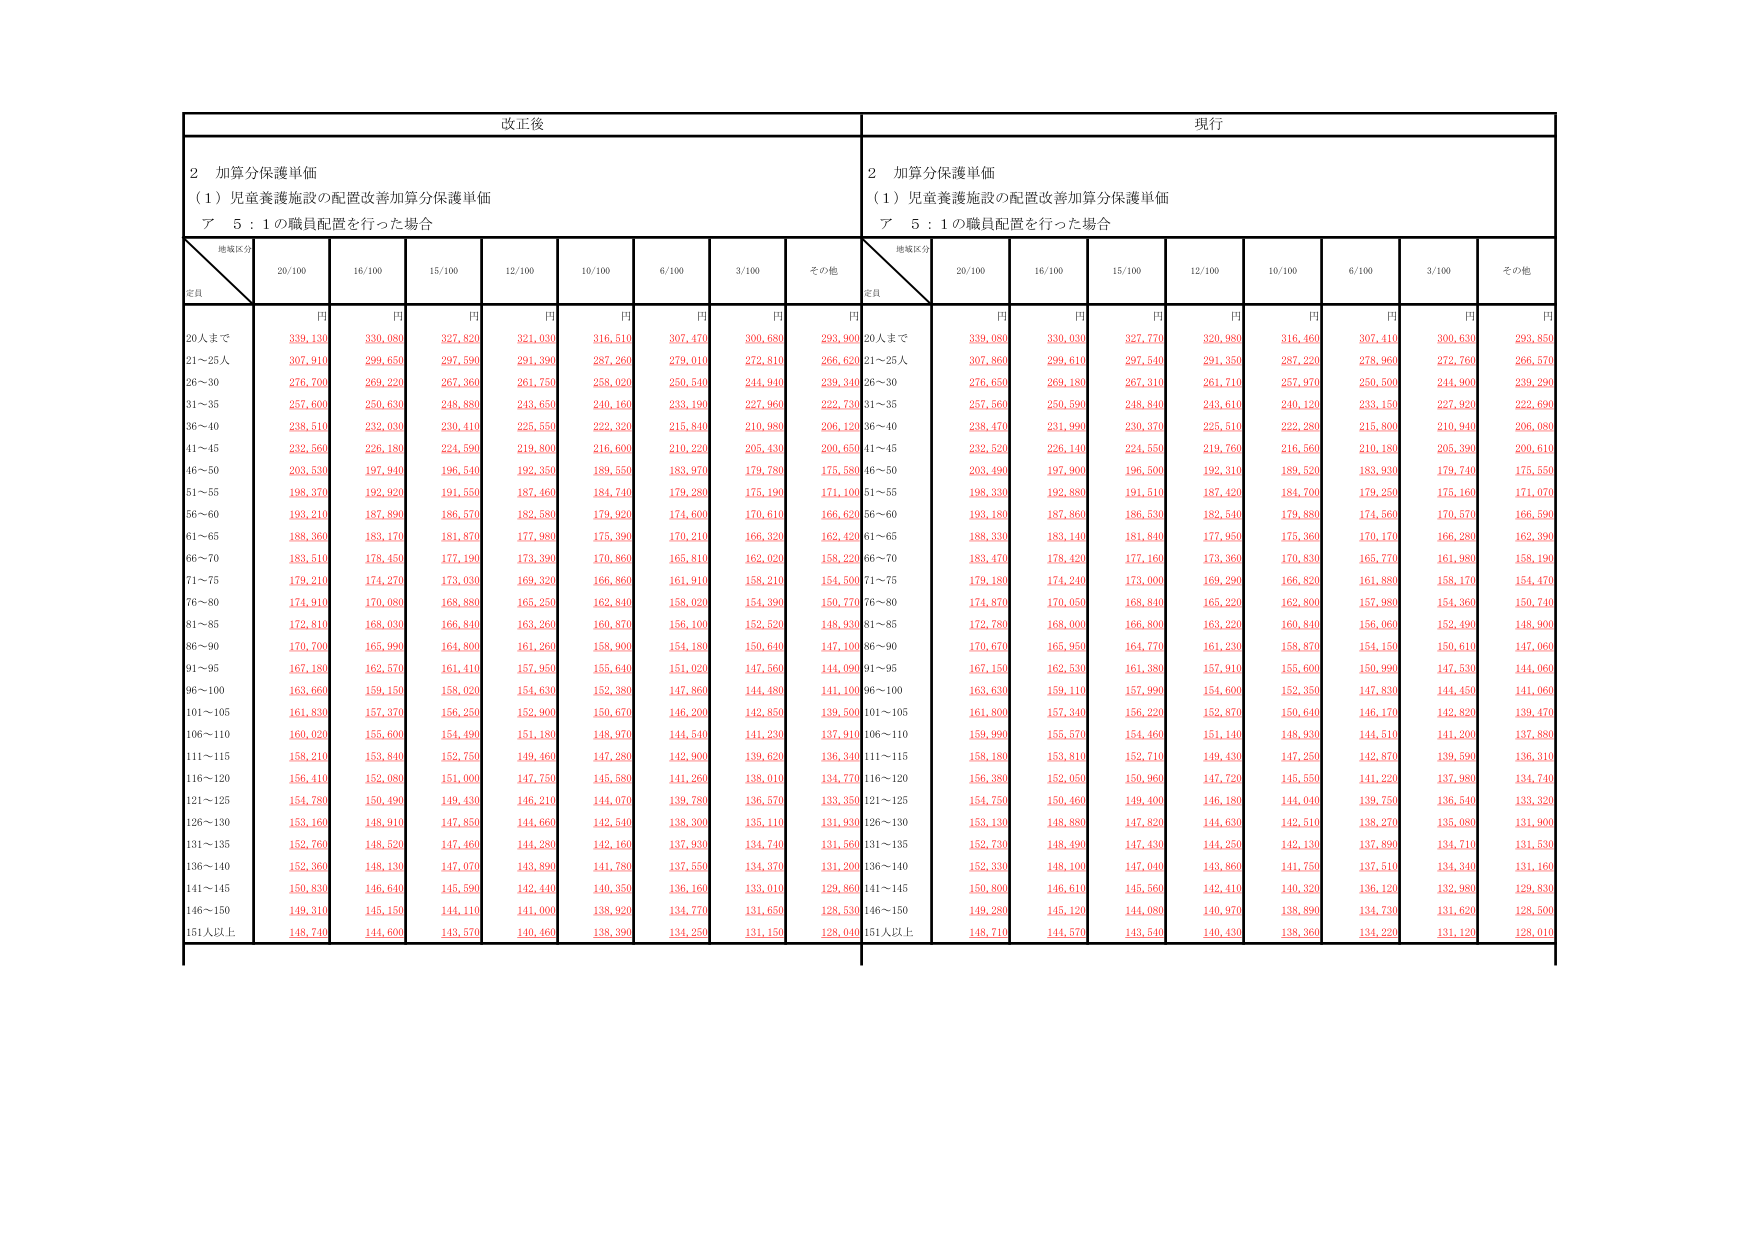
改正後
現行
2 加算分保護単価
（1）児童養護施設の配置改善加算分保護単価
ア 5：1の職員配置を行った場合
2 加算分保護単価
（1）児童養護施設の配置改善加算分保護単価
ア 5：1の職員配置を行った場合
地域区分
定員
20/100
16/100
15/100
12/100
10/100
6/100
3/100
その他
地域区分
定員
20/100
16/100
15/100
12/100
10/100
6/100
3/100
その他
円
円
円
円
円
円
円
円
円
円
円
円
円
円
円
円
円
円
20人まで
339,130
330,080
327,820
321,030
316,510
307,470
300,680
293,900
20人まで
339,080
330,030
327,770
320,980
316,460
307,410
300,630
293,850
21～25人
307,910
299,650
297,590
291,390
287,260
279,010
272,810
266,620
21～25人
307,860
299,610
297,540
291,350
287,220
278,960
272,760
266,570
26～30
276,700
269,220
267,360
261,750
258,020
250,540
244,940
239,340
26～30
276,650
269,180
267,310
261,710
257,970
250,500
244,900
239,290
31～35
257,600
250,630
248,880
243,650
240,160
233,190
227,960
222,730
31～35
257,560
250,590
248,840
243,610
240,120
233,150
227,920
222,690
36～40
238,510
232,030
230,410
225,550
222,320
215,840
210,980
206,120
36～40
238,470
231,990
230,370
225,510
222,280
215,800
210,940
206,080
41～45
232,560
226,180
224,590
219,800
216,600
210,220
205,430
200,650
41～45
232,520
226,140
224,550
219,760
216,560
210,180
205,390
200,610
46～50
203,530
197,940
196,540
192,350
189,550
183,970
179,780
175,580
46～50
203,490
197,900
196,500
192,310
189,520
183,930
179,740
175,550
51～55
198,370
192,920
191,550
187,460
184,740
179,280
175,190
171,100
51～55
198,330
192,880
191,510
187,420
184,700
179,250
175,160
171,070
56～60
193,210
187,890
186,570
182,580
179,920
174,600
170,610
166,620
56～60
193,180
187,860
186,530
182,540
179,880
174,560
170,570
166,590
61～65
188,360
183,170
181,870
177,980
175,390
170,210
166,320
162,420
61～65
188,330
183,140
181,840
177,950
175,360
170,170
166,280
162,390
66～70
183,510
178,450
177,190
173,390
170,860
165,810
162,020
158,220
66～70
183,470
178,420
177,160
173,360
170,830
165,770
161,980
158,190
71～75
179,210
174,270
173,030
169,320
166,860
161,910
158,210
154,500
71～75
179,180
174,240
173,000
169,290
166,820
161,880
158,170
154,470
76～80
174,910
170,080
168,880
165,250
162,840
158,020
154,390
150,770
76～80
174,870
170,050
168,840
165,220
162,800
157,980
154,360
150,740
81～85
172,810
168,030
166,840
163,260
160,870
156,100
152,520
148,930
81～85
172,780
168,000
166,800
163,220
160,840
156,060
152,490
148,900
86～90
170,700
165,990
164,800
161,260
158,900
154,180
150,640
147,100
86～90
170,670
165,950
164,770
161,230
158,870
154,150
150,610
147,060
91～95
167,180
162,570
161,410
157,950
155,640
151,020
147,560
144,090
91～95
167,150
162,530
161,380
157,910
155,600
150,990
147,530
144,060
96～100
163,660
159,150
158,020
154,630
152,380
147,860
144,480
141,100
96～100
163,630
159,110
157,990
154,600
152,350
147,830
144,450
141,060
101～105
161,830
157,370
156,250
152,900
150,670
146,200
142,850
139,500
101～105
161,800
157,340
156,220
152,870
150,640
146,170
142,820
139,470
106～110
160,020
155,600
154,490
151,180
148,970
144,540
141,230
137,910
106～110
159,990
155,570
154,460
151,140
148,930
144,510
141,200
137,880
111～115
158,210
153,840
152,750
149,460
147,280
142,900
139,620
136,340
111～115
158,180
153,810
152,710
149,430
147,250
142,870
139,590
136,310
116～120
156,410
152,080
151,000
147,750
145,580
141,260
138,010
134,770
116～120
156,380
152,050
150,960
147,720
145,550
141,220
137,980
134,740
121～125
154,780
150,490
149,430
146,210
144,070
139,780
136,570
133,350
121～125
154,750
150,460
149,400
146,180
144,040
139,750
136,540
133,320
126～130
153,160
148,910
147,850
144,660
142,540
138,300
135,110
131,930
126～130
153,130
148,880
147,820
144,630
142,510
138,270
135,080
131,900
131～135
152,760
148,520
147,460
144,280
142,160
137,930
134,740
131,560
131～135
152,730
148,490
147,430
144,250
142,130
137,890
134,710
131,530
136～140
152,360
148,130
147,070
143,890
141,780
137,550
134,370
131,200
136～140
152,330
148,100
147,040
143,860
141,750
137,510
134,340
131,160
141～145
150,830
146,640
145,590
142,440
140,350
136,160
133,010
129,860
141～145
150,800
146,610
145,560
142,410
140,320
136,120
132,980
129,830
146～150
149,310
145,150
144,110
141,000
138,920
134,770
131,650
128,530
146～150
149,280
145,120
144,080
140,970
138,890
134,730
131,620
128,500
151人以上
148,740
144,600
143,570
140,460
138,390
134,250
131,150
128,040
151人以上
148,710
144,570
143,540
140,430
138,360
134,220
131,120
128,010